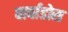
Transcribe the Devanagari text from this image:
बार्वाडोस